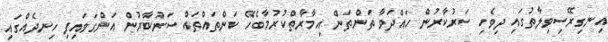
އިނގިރޭސިވިލާތުގައި ދިވެހި ސަރުކާރުން ހައްދަވާ ތަންތަން އިމާރާތްކުރުމާބެހޭ ކަންތައްތައް ސަރުކާރުން އަންގަވައިފި ހިނދެއްގައި